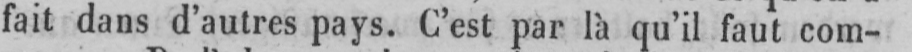
fait dans d’autres pays. C’est par là qu’il faut com-